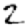
Digit: 2